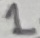
Text: 1